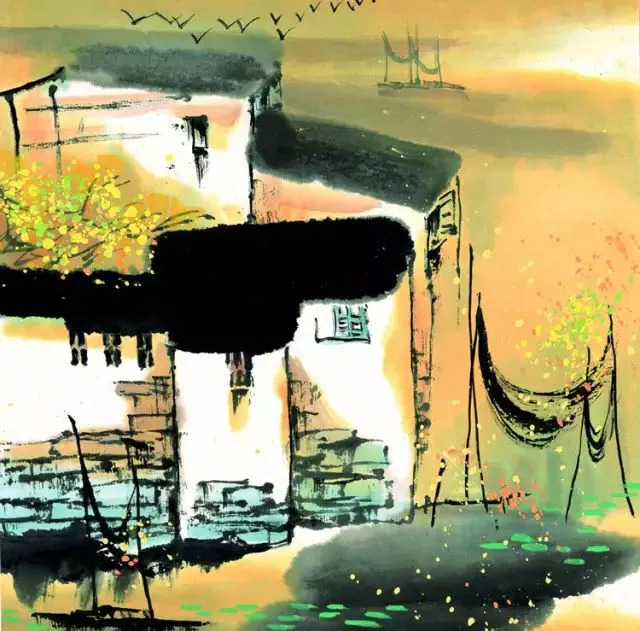
念寒蛩残梦，归鸿心事，那听江村夜笛。